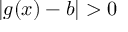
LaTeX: | g ( x ) - b | > 0